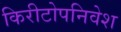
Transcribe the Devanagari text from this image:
किरीटोपनिवेश